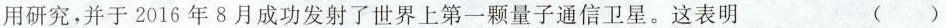
用研究，并于2016年8月成功发射了世界上第一颗量子通信卫星。这表明（）